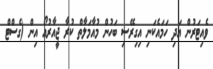
ވެއިޓަރުން އަދި ހަމައެކަނި އިގިރޭސި ބަހުން މުއާމަލާތް ކުރާ ޖީއާރުއޯ އިން (ގެސްޓް